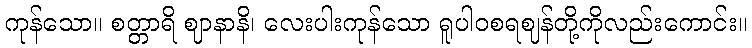
ကုန်သော။ စတ္တာရိ ဈာနာနိ၊ လေးပါးကုန်သော ရူပါဝစရဈန်တို့ကိုလည်းကောင်း။